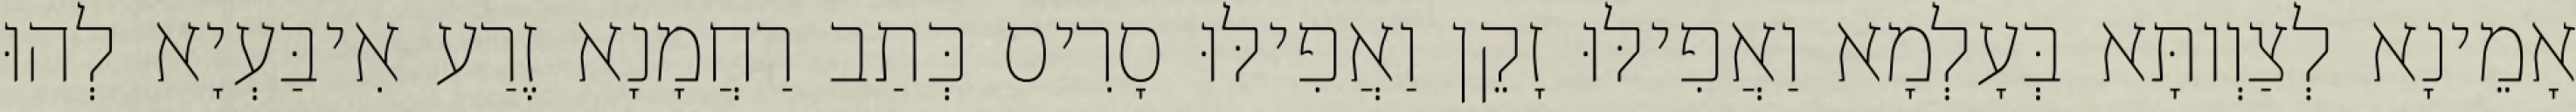
אָמֵינָא לְצַוְותָּא בְּעָלְמָא וַאֲפִילּוּ זָקֵן וַאֲפִילּוּ סָרִיס כְּתַב רַחֲמָנָא זֶרַע אִיבַּעְיָא לְהוּ